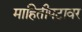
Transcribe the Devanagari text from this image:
माहितीपटावर